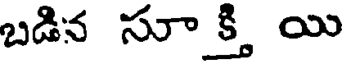
బడిన సూక్తి యి